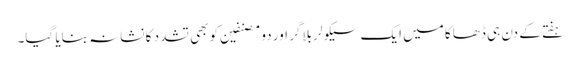
ہفتے کے دن ہی ڈھاکا میں ایک سیکولر بلاگر اور دو مصنفین کو بھی تشدد کا نشانہ بنایا گیا۔